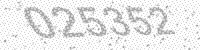
Solution: 025352